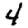
Digit: 4